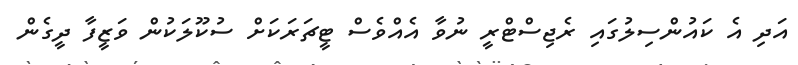
އަދި އެ ކައުންސިލުގައި ރެޖިސްޓްރީ ނުވާ އެއްވެސް ޓީޗަރަކަށް ސުކޫލަކުން ވަޒީފާ ދީގެން